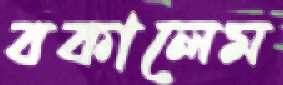
বকালেম